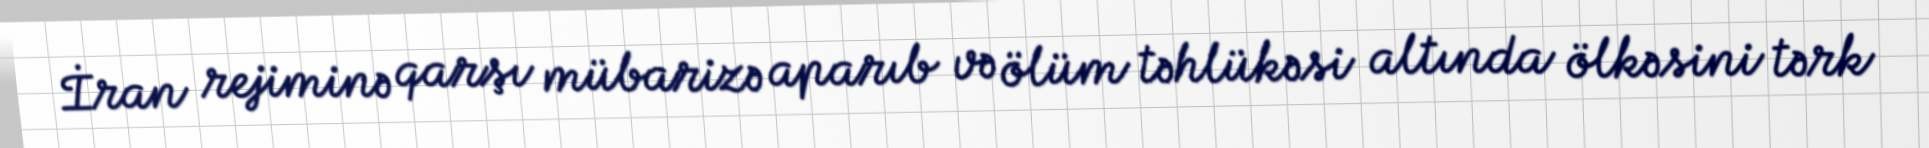
İran rejiminə qarşı mübarizə aparıb və ölüm təhlükəsi altında ölkəsini tərk